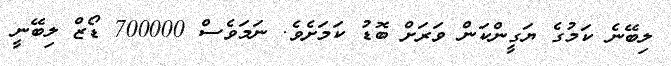
ލިބޭނެ ކަމުގެ ޔަގީންކަން ވަރަށް ބޮޑު ކަމަށެވެ. ނަމަވެސް 700000 ޑޯޒް ލިބޭނީ